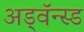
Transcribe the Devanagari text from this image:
अड्वॅन्स्ड